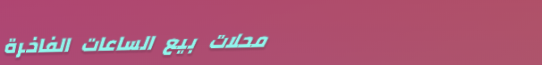
محلات بيع الساعات الفاخرة